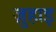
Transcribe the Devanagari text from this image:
ज़ुहाइ